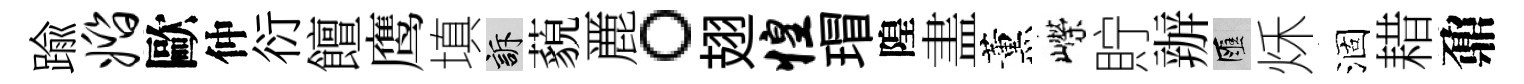
踰婚歐仲衍饘鹰填訴藐䴡。翅惶瑁隍𥁞薰嶸貯辦匯秌涸耤鼐